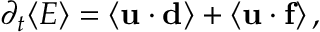
\begin{array} { r } { \partial _ { t } \langle E \rangle = \langle { \bf u } \cdot { \bf d } \rangle + \langle { \bf u } \cdot { \bf f } \rangle \, , } \end{array}